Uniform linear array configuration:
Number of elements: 48
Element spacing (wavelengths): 0.5
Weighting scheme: binomial
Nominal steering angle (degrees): -45
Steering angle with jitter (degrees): -44.319
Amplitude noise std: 0.05
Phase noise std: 0.05

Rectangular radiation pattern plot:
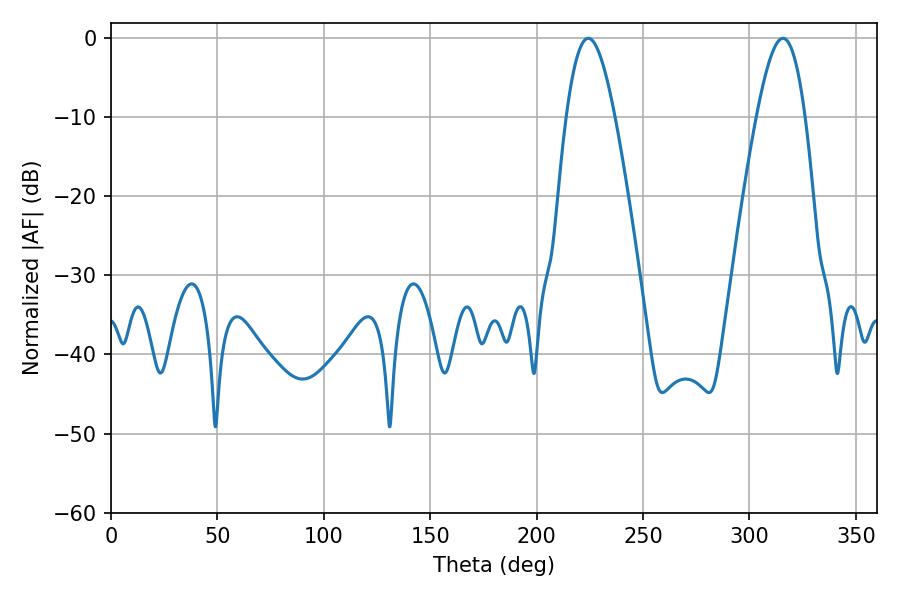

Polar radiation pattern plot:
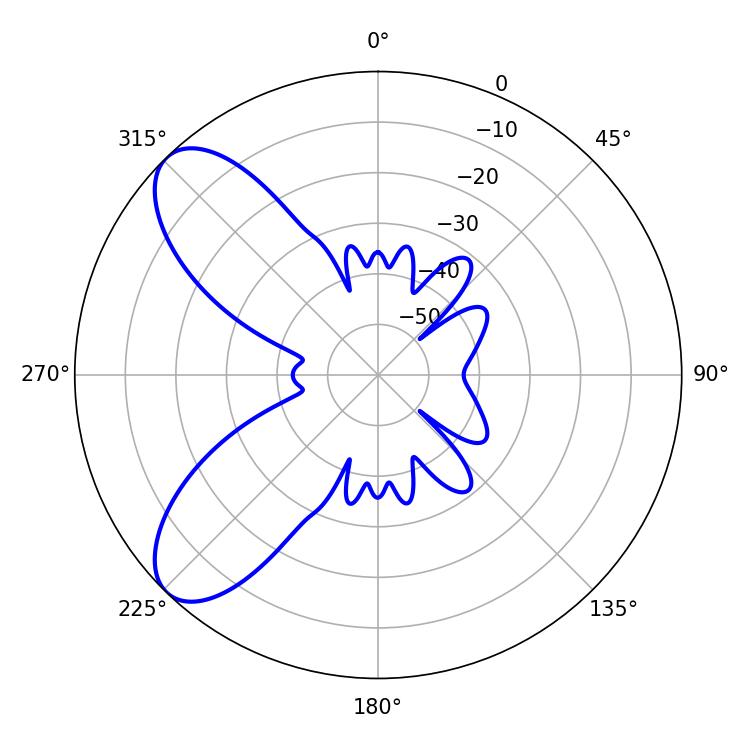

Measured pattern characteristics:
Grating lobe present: FALSE
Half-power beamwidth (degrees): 12.24
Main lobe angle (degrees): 224.28